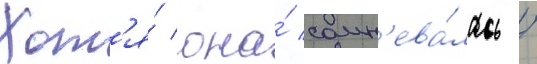
Хот'я́ она́ сомн'ева́лась /